Lunatic asylums Central Provinces reports 1895-1909 - 1895-1909
Year: 1895
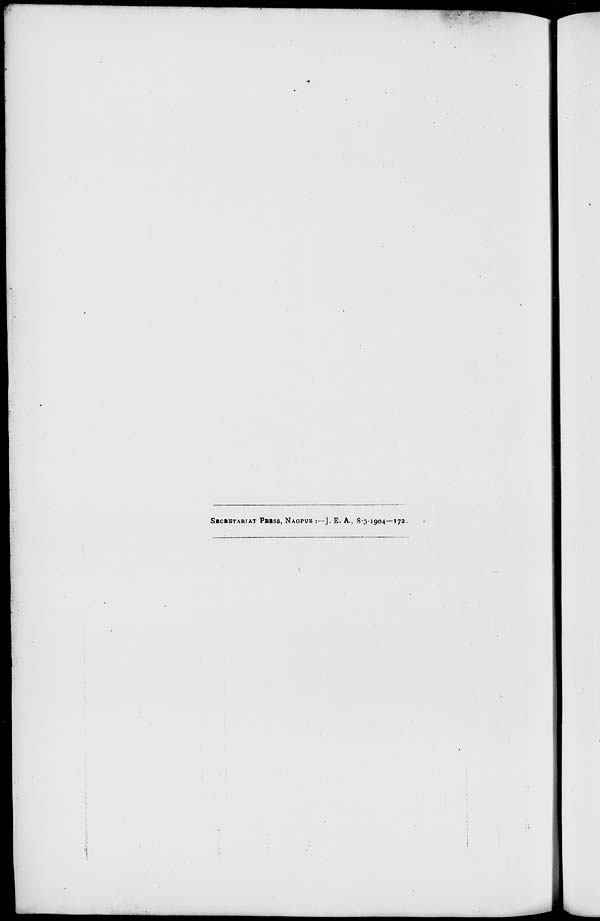
SECRETARIAT PRESS, NAGPUR :—J. E. A., 8-3-1904—172.